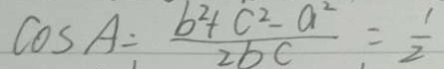
\cos A \div \frac { b ^ { 2 } + c ^ { 2 } - a ^ { 2 } } { 2 b c } = \frac { 1 } { 2 }